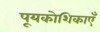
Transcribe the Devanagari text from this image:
पूयकोशिकाएँ